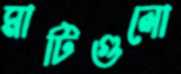
মাটিগুলো